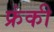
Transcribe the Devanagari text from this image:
फ्रंकी